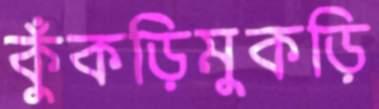
কুঁকড়িমুকড়ি